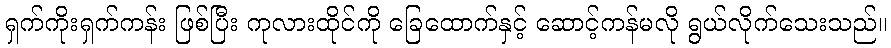
ရှက်ကိုးရှက်ကန်း ဖြစ်ပြီး ကုလားထိုင်ကို ခြေထောက်နှင့် ဆောင့်ကန်မလို ရွယ်လိုက်သေးသည်။